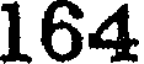
164